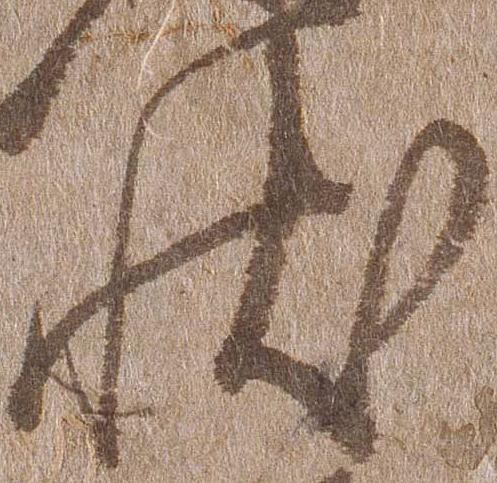
状